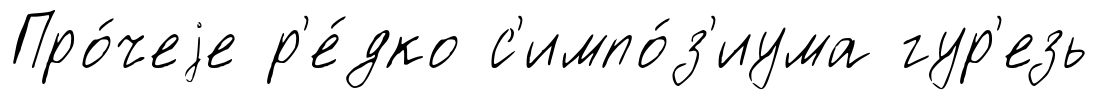
Про́чеjе р'е́дко с'импо́з'иума гур'езь